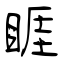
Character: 睚